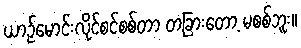
ယာဉ်မောင်းလိုင်စင်စစ်တာ တခြားတော့ မစစ်ဘူး။